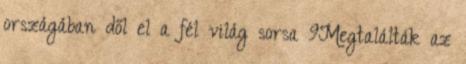
országában dől el a fél világ sorsa 9Megtalálták az